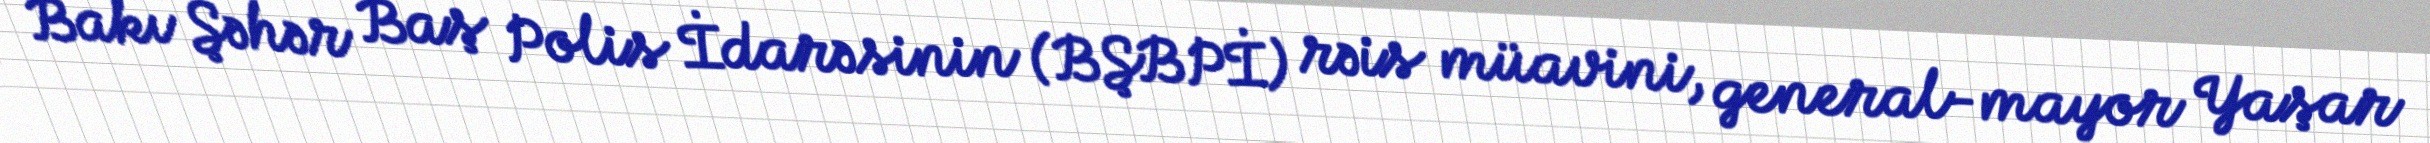
Bakı Şəhər Baş Polis İdarəsinin (BŞBPİ) rəis müavini, general-mayor Yaşar